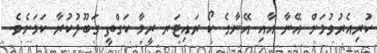
ކުރިއެރުވުމަށް އޭނާ އާއި އޭނާގެ ކޯ ރައިޓަރ ރީމާ ކަގްތީ ގަބޫލުކުރާ ކަމަށެވެ.